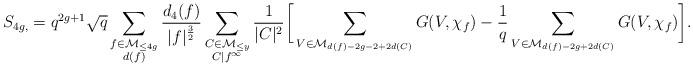
LaTeX: \begin{align*} S_{4g,} = q^{2g+1} \sqrt{q} \sum_{\substack{f \in \mathcal{M}_{\leq 4g} \\ d(f) }} \frac{d_4(f)}{|f|^{\frac{3}{2}}} \sum_{\substack{C \in \mathcal{M}_{\leq y} \\ C | f^{\infty}}} \frac{1}{|C|^2} \bigg[ \sum_{V \in \mathcal{M}_{d(f)-2g-2+2d(C)}} G(V, \chi_f) - \frac{1}{q} \sum_{V \in \mathcal{M}_{d(f)-2g+2d(C)}} G(V, \chi_f) \bigg]. \end{align*}